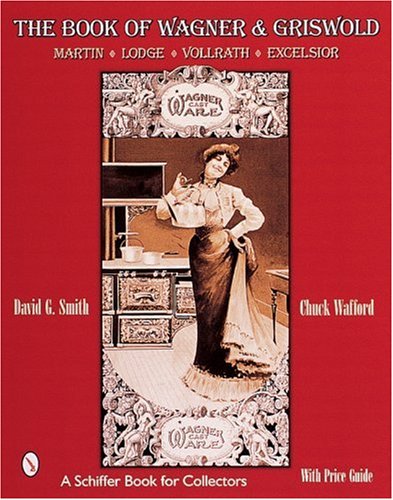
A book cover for The Book of Wagner & Griswold: Martin, Lodge, Vollrath, Excelsior (Schiffer Book for Collectors); David G. Smith; Crafts, Hobbies & Home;